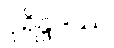
ပုရိန္ဒဒဿ